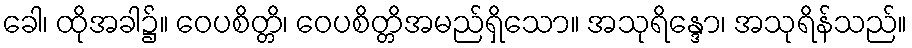
ခေါ၊ ထိုအခါ၌။ ဝေပစိတ္တိ၊ ဝေပစိတ္တိအမည်ရှိသော။ အသုရိန္ဒော၊ အသုရိန်သည်။